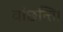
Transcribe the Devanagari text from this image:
वांछन्ति।